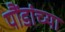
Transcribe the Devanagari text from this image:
पौंडांच्या